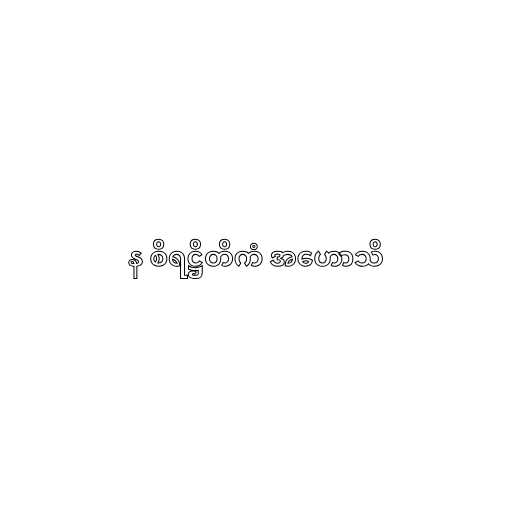
န စိရဋ္ဌိတိကံ အဟောသိ